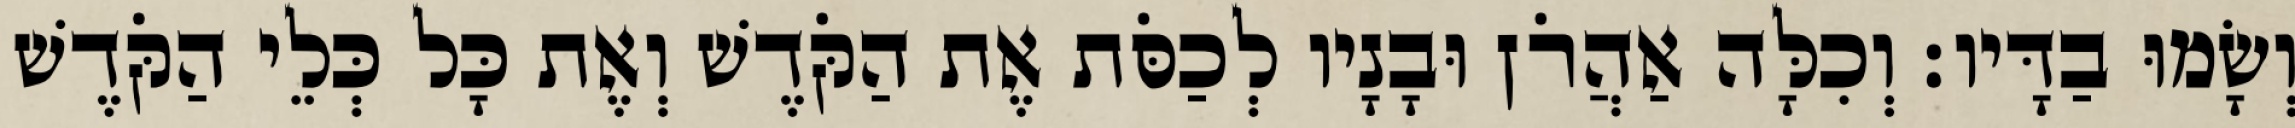
וְשָׂמוּ בַדָּיו׃ וְכִלָּה אַהֲרֹן וּבָנָיו לְכַסֹּת אֶת הַקֹּדֶשׁ וְאֶת כָּל כְּלֵי הַקֹּדֶשׁ